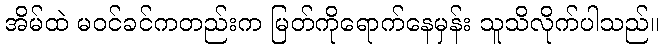
အိမ်ထဲ မဝင်ခင်ကတည်းက မြတ်ကိုရောက်နေမှန်း သူသိလိုက်ပါသည်။